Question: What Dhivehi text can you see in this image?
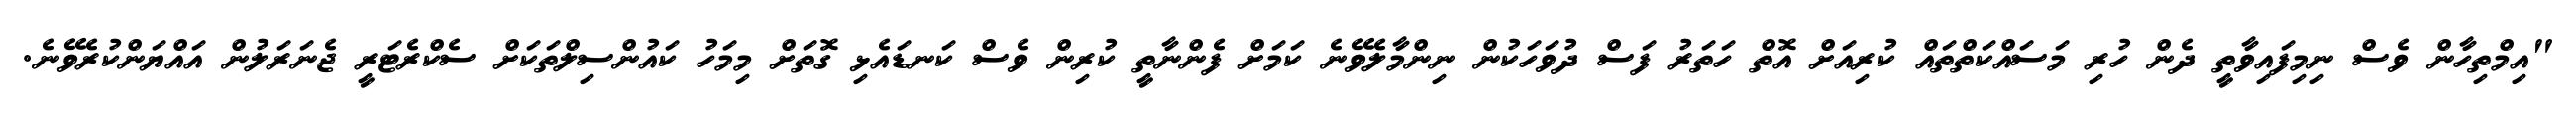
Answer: "އިމްތިހާން ވެސް ނިމިފައިވާތީ ދެން ހުރި މަސައްކަތްތައް ކުރިއަށް އޮތް ހަތަރު ފަސް ދުވަހަކުން ނިންމާލެވޭނެ ކަމަށް ފެންނާތީ ކުރިން ވެސް ކަނޑައެޅި ގޮތަށް މިމަހު ކައުންސިލްތަކަށް ސެކްރެޓަރީ ޖެނަރަލުން އައްޔަންކުރެވޭނެ.